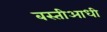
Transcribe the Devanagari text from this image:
बस्तीआधी